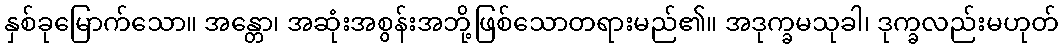
နှစ်ခုမြောက်သော။ အန္တော၊ အဆုံးအစွန်းအဘို့ဖြစ်သောတရားမည်၏။ အဒုက္ခမသုခါ၊ ဒုက္ခလည်းမဟုတ်